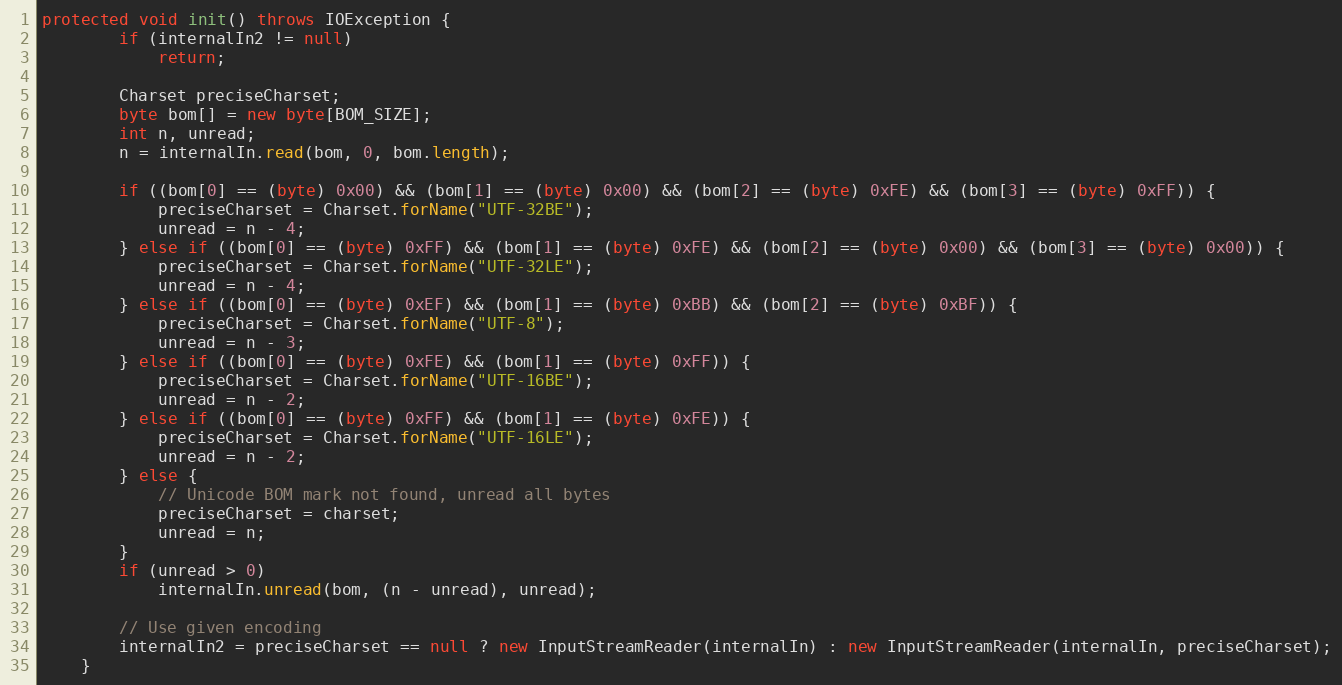
Language: Java
protected void init() throws IOException {
		if (internalIn2 != null)
			return;

		Charset preciseCharset;
		byte bom[] = new byte[BOM_SIZE];
		int n, unread;
		n = internalIn.read(bom, 0, bom.length);

		if ((bom[0] == (byte) 0x00) && (bom[1] == (byte) 0x00) && (bom[2] == (byte) 0xFE) && (bom[3] == (byte) 0xFF)) {
			preciseCharset = Charset.forName("UTF-32BE");
			unread = n - 4;
		} else if ((bom[0] == (byte) 0xFF) && (bom[1] == (byte) 0xFE) && (bom[2] == (byte) 0x00) && (bom[3] == (byte) 0x00)) {
			preciseCharset = Charset.forName("UTF-32LE");
			unread = n - 4;
		} else if ((bom[0] == (byte) 0xEF) && (bom[1] == (byte) 0xBB) && (bom[2] == (byte) 0xBF)) {
			preciseCharset = Charset.forName("UTF-8");
			unread = n - 3;
		} else if ((bom[0] == (byte) 0xFE) && (bom[1] == (byte) 0xFF)) {
			preciseCharset = Charset.forName("UTF-16BE");
			unread = n - 2;
		} else if ((bom[0] == (byte) 0xFF) && (bom[1] == (byte) 0xFE)) {
			preciseCharset = Charset.forName("UTF-16LE");
			unread = n - 2;
		} else {
			// Unicode BOM mark not found, unread all bytes
			preciseCharset = charset;
			unread = n;
		}
		if (unread > 0)
			internalIn.unread(bom, (n - unread), unread);

		// Use given encoding
		internalIn2 = preciseCharset == null ? new InputStreamReader(internalIn) : new InputStreamReader(internalIn, preciseCharset);
	}